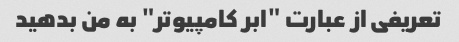
تعریفی از عبارت "ابر کامپیوتر" به من بدهید